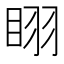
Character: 𭾲